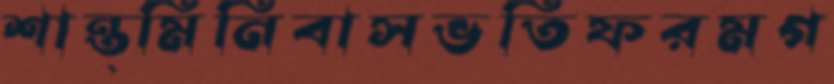
শান্ত্মিনিবাসভর্তিফরমগ